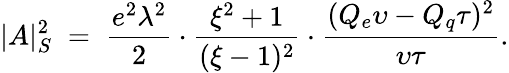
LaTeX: |A|_{S}^{2}\; =\; \frac{e^{2}\lambda^{2}}{2}\cdot\frac{\xi^{2}+1}{(\xi-1)^{2}}\cdot\frac{(Q_{e}\upsilon-Q_{q}\tau)^{2}}{\upsilon\tau}.